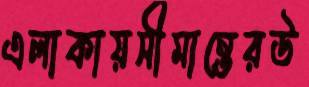
এলাকায়সীমান্তেরউ